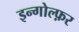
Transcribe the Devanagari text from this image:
इन्गोल्फ़र